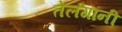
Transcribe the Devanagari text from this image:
तेलंगांनी